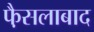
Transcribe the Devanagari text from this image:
फै़सलाबाद